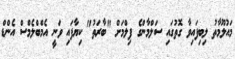
މައުލޫމާތު ލިބިފައިވާ ގޮތުގައި ސަލްމާންގެ ފިލްމަށް "ބާރަތު" ކިޔާފައި ވަނީ އެމްބްލެމްސް އެންޑް